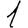
Digit: 1